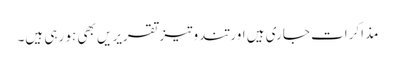
مذاکرات جاری ہیں اور تندوتیز تقریریں بھی ہو رہی ہیں۔